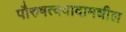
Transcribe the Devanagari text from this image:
पौरुषत्ववादामधील